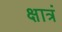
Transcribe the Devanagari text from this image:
क्षात्रं